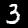
Digit: 3